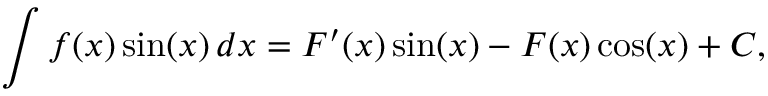
\int f ( x ) \sin ( x ) \, d x = F ^ { \prime } ( x ) \sin ( x ) - F ( x ) \cos ( x ) + C ,